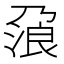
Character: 𰀯